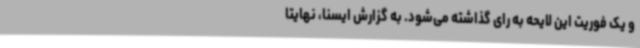
و یک فوریت این لایحه به رای گذاشته می‌شود. به گزارش ایسنا، نهایتا